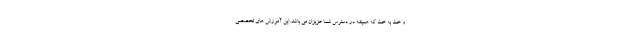
و خط به خط که همیشه در دسترس شما عزیزان می باشد. این آموزش های تخصصی